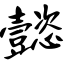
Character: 懿